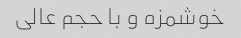
خوشمزه و با حجم عالی